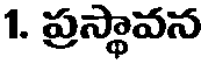
1. ప్రస్థావన